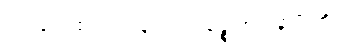
ဌာနေသု ဧသေဝ နယော။ မုဉ္စစေတနာပိ ဟိ